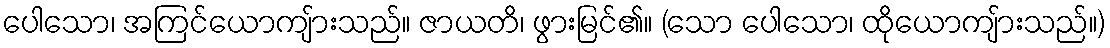
ပေါသော၊ အကြင်ယောကျ်ားသည်။ ဇာယတိ၊ ဖွားမြင်၏။ (သော ပေါသော၊ ထိုယောကျ်ားသည်။)